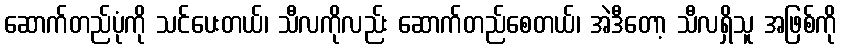
ဆောက်တည်ပုံကို သင်ပေးတယ်၊ သီလကိုလည်း ဆောက်တည်စေတယ်၊ အဲဒီတော့ သီလရှိသူ အဖြစ်ကို